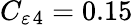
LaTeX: C_{\varepsilon}{}_{4}=0.15